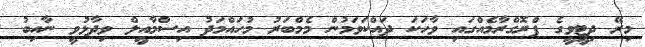
މިރޭ ދިޓީވީގެ ޕްރޮގްރާމެއްގައި ވާހަކަ ދައްކަވަމުން މެމްބަރު މުހައްމަދު އިސްމާއީލް ވިދާޅުވީ ނާއިބު